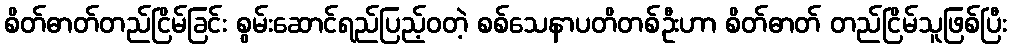
စိတ်ဓာတ်တည်ငြိမ်ခြင်း စွမ်းဆောင်ရည်ပြည့်ဝတဲ့ စစ်သေနာပတိတစ်ဦးဟာ စိတ်ဓာတ် တည်ငြိမ်သူဖြစ်ပြီး